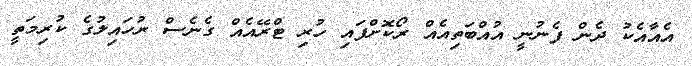
އެއާއެކު ދެން ފެނުނީ އުއްބަތިއެއް ރޯކޮށްފައި ހުރި ޓްރޭއެއް ގެނެސް ރުހައިލުގެ ކުރިމަތީ